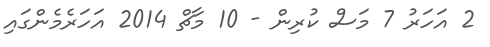
2 އަހަރު 7 މަސް ކުރިން - 10 މާޗް 2014 އަހަރެމެންގައި